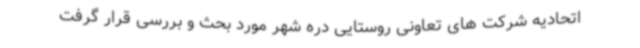
اتحادیه شرکت های تعاونی روستایی دره شهر مورد بحث و بررسی قرار گرفت